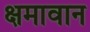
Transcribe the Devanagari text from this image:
क्षमावान